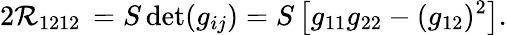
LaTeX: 2\mathcal{R}_{1212}\, =S\operatorname*{det}(g_{ij})=S\left[g_{11}g_{22}-(g_{12})^{2}\right].